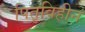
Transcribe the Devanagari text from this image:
पितृविहीन